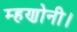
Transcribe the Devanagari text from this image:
म्हणोनी।